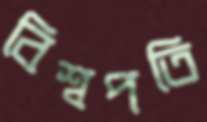
বিশ্বপতি